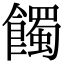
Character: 𩞾